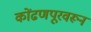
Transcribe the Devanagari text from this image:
कोंढणपूरवरून